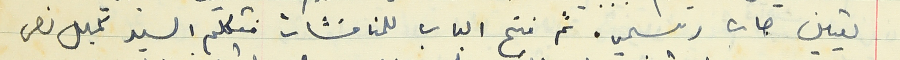
تعيين جاب رسمي. ثم فتح الباب للمناقشات فتكلّم السيد كميل نصر